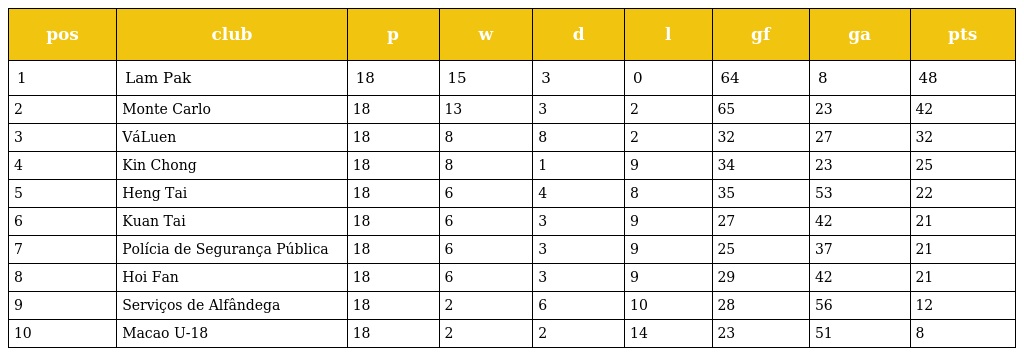
| pos | club | p | w | d | l | gf | ga | pts |
 | --- | --- | --- | --- | --- | --- | --- | --- | --- |
 | 1 | Lam Pak | 18 | 15 | 3 | 0 | 64 | 8 | 48 |
 | 2 | Monte Carlo | 18 | 13 | 3 | 2 | 65 | 23 | 42 |
 | 3 | VáLuen | 18 | 8 | 8 | 2 | 32 | 27 | 32 |
 | 4 | Kin Chong | 18 | 8 | 1 | 9 | 34 | 23 | 25 |
 | 5 | Heng Tai | 18 | 6 | 4 | 8 | 35 | 53 | 22 |
 | 6 | Kuan Tai | 18 | 6 | 3 | 9 | 27 | 42 | 21 |
 | 7 | Polícia de Segurança Pública | 18 | 6 | 3 | 9 | 25 | 37 | 21 |
 | 8 | Hoi Fan | 18 | 6 | 3 | 9 | 29 | 42 | 21 |
 | 9 | Serviços de Alfândega | 18 | 2 | 6 | 10 | 28 | 56 | 12 |
 | 10 | Macao U-18 | 18 | 2 | 2 | 14 | 23 | 51 | 8 |